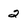
Character: 2